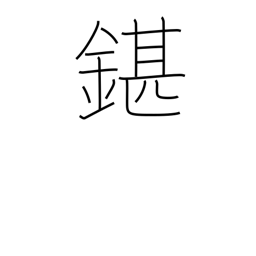
Meaning: unsatisfactory